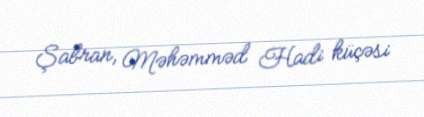
Şabran, Məhəmməd Hadi küçəsi